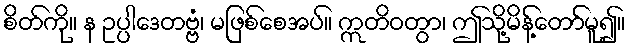
စိတ်ကို။ န ဥပ္ပါဒေတဗ္ဗံ၊ မဖြစ်စေအပ်။ ဣတိဝတွာ၊ ဤသို့မိန့်တော်မူ၍။